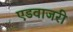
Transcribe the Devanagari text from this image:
एडवाजरी